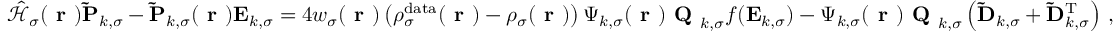
\begin{array} { r } { \hat { \mathcal { { H } } } _ { \sigma } ( \boldsymbol { \textbf { r } } ) \mathbf { \widetilde { P } } _ { k , \sigma } - \mathbf { \widetilde { P } } _ { k , \sigma } ( \boldsymbol { \textbf { r } } ) \mathbf { E } _ { k , \sigma } = 4 w _ { \sigma } ( \boldsymbol { \textbf { r } } ) \left( \rho _ { \sigma } ^ { \mathrm { d a t a } } ( \boldsymbol { \textbf { r } } ) - \rho _ { \sigma } ( \boldsymbol { \textbf { r } } ) \right) \boldsymbol { \Psi } _ { k , \sigma } ( \boldsymbol { \textbf { r } } ) \textbf { Q } _ { k , \sigma } f ( \mathbf { E } _ { k , \sigma } ) - \boldsymbol { \Psi } _ { k , \sigma } ( \boldsymbol { \textbf { r } } ) \textbf { Q } _ { k , \sigma } \left( \mathbf { \widetilde { D } } _ { k , \sigma } + \mathbf { \widetilde { D } } _ { k , \sigma } ^ { \mathrm { T } } \right) \, , } \end{array}